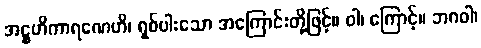
အဋ္ဌဟိကာရဏေဟိ၊ ရှစ်ပါးသော အကြောင်းတို့ဖြင့်။ ဝါ၊ ကြောင့်။ ဘဂဝါ၊